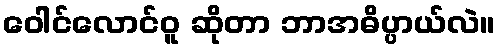
ဝေါင်လောင်ဝူ ဆိုတာ ဘာအဓိပ္ပာယ်လဲ။